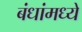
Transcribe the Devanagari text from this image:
बंधांमध्ये